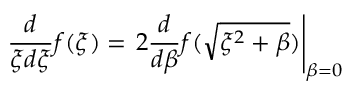
{ \frac { d } { \xi d \xi } } f ( \xi ) = \left. 2 { \frac { d } { d \beta } } f ( \sqrt { \xi ^ { 2 } + \beta } ) \right| _ { \beta = 0 }